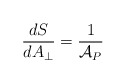
\begin{align*}{dS\over dA_\perp} = {1\over {\cal A}_P} \end{align*}